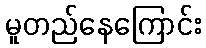
မူတည်နေကြောင်း